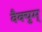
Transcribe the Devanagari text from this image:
वैक्युम्